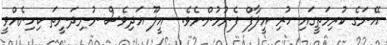
އޭނަގެ ކުރިމަތީގައި ހުރި އީލާފް ފެނުމުންނެވެ.  އީލޫ އަދިވެސް ނުނިދަނީތަ ކިހިނެއްވީ